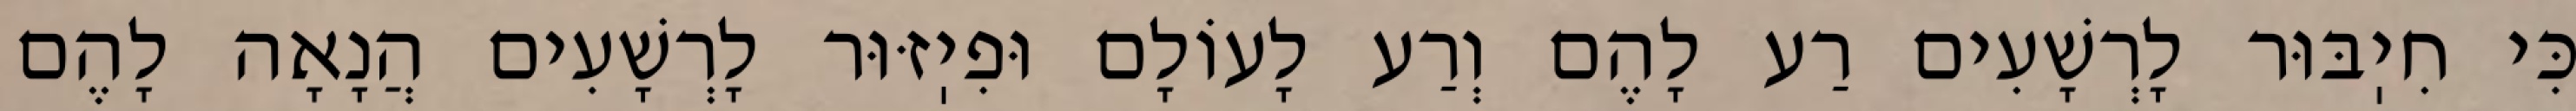
כִּי חִיֽבּוּר לָרְשָׁעִים רַע לָהֶם וְרַע לָעוֹלָם וּפִיֽזּוּר לָרְשָׁעִים הֲנָאָה לָהֶם